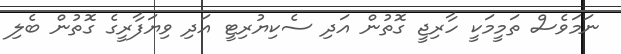
ނަމަވެސް ތަމީމަކީ ހާރިޖީ ގޮތުން އަދި ސެކިޔުރިޓީ އަދި ވިޔަފާރީގެ ގޮތުން ބެލި